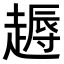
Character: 𧽘